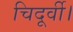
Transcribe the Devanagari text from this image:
चिदूर्वी।